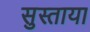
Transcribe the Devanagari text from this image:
सुस्ताया